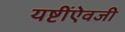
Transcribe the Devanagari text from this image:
यष्टींऐवजी